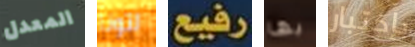
المعدل لتونا رفيع بها بإختبار